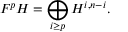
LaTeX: F ^ { p } H = \bigoplus _ { i \geq p } H ^ { i , n - i } .